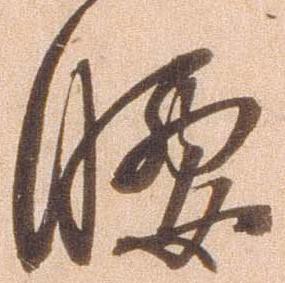
腰